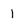
Character: 1